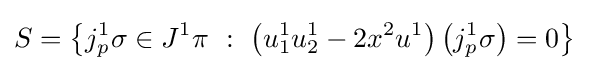
S=\left\{j_{p}^{1}\sigma \in J^{1}\pi \ :\ \left(u_{1}^{1}u_{2}^{1}-2x^{2}u^{1}\right)\left(j_{p}^{1}\sigma \right)=0\right\}